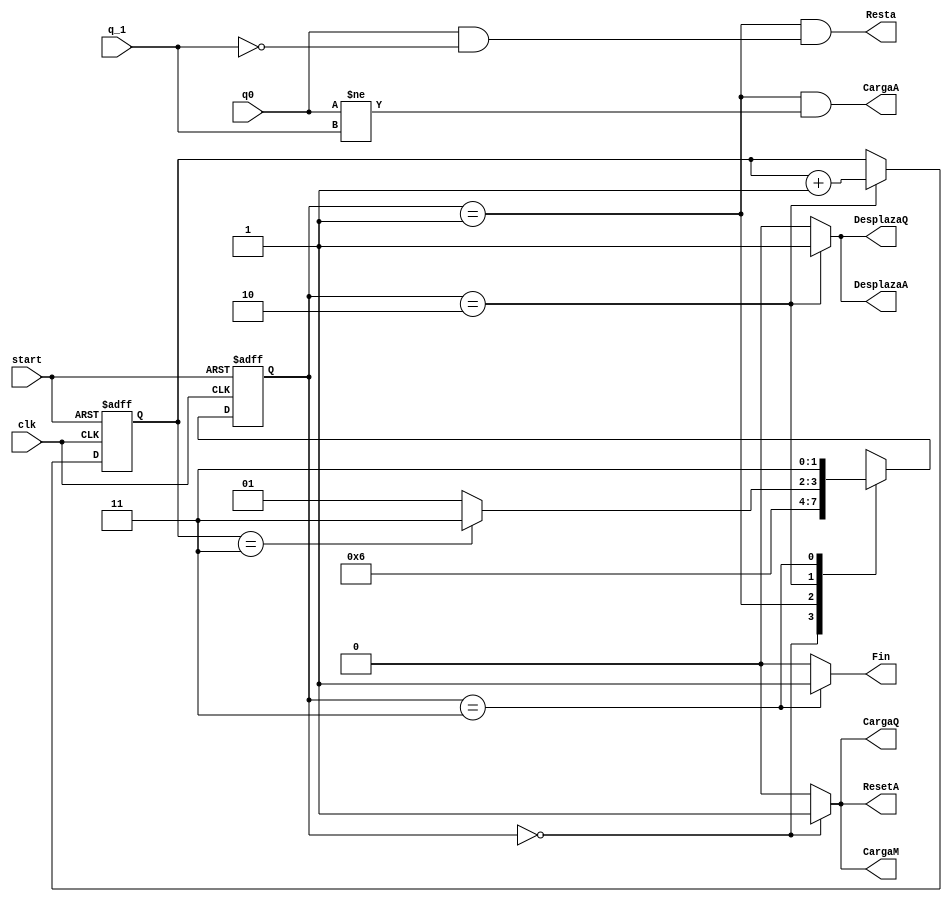
module uc(input wire q0, q_1, start, clk, output wire CargaA, DesplazaA, ResetA, CargaQ, DesplazaQ, CargaM, Resta, Fin);

	
	reg [1:0] state, nextstate;
	reg [1:0] n;
	
	parameter S0 = 2'b00; //inicial
	parameter S1 = 2'b01; //sumar/restar
	parameter S2 = 2'b10; //desplazar
	parameter S3 = 2'b11; //fin
	

	always @ (posedge clk, posedge start) begin
		if (start) begin
			state <= S0;
			n <= 2'b00;
		end else begin
			state <= nextstate;
			if (state == S2) begin
				n <= n + 2'b01;
			end
		end
	end
		
	always @(*) 
	case (state)
		S0: nextstate = S1;
		S1: nextstate = S2;
		S2: nextstate = (n == 2'b11) ? S3 : S1;
		S3: nextstate = S3;
		default: nextstate = S0;
	endcase
	
	assign CargaA = (state == S1) && (q0 != q_1);
	assign DesplazaA = (state == S2) ? 1 : 0;
	assign ResetA = (state == S0) ? 1 : 0;
	assign CargaQ = (state == S0) ? 1 : 0;
	assign DesplazaQ = (state == S2) ? 1 : 0;
	assign CargaM = (state == S0) ? 1 : 0;
	assign Resta = (state == S1) && (q0 == 1 && q_1 == 0);
	assign Fin = (state == S3) ? 1 : 0;

endmodule